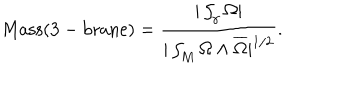
LaTeX: \mathrm { M a s s ( 3 - b r a n e ) } = { \frac { | \int _ { \gamma } \Omega | } { | \int _ { M } \Omega \wedge \overline { { \Omega } } | ^ { 1 / 2 } } } .